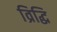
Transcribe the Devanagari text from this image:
व्रिद्धि